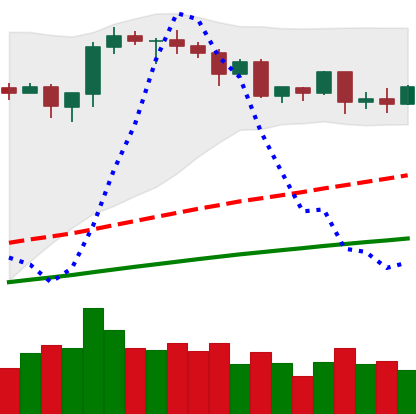
Ticker: ETH-USD
Chart end date: 2020-08-28
Forward return: 11.156%
Label: up_7plus